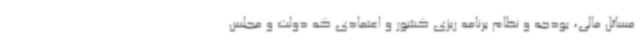
مسائل مالی، بودجه و نظام برنامه ریزی کشور و اعتمادی که دولت و مجلس